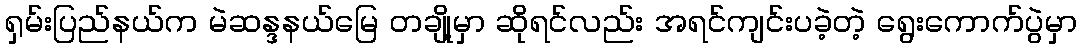
ရှမ်းပြည်နယ်က မဲဆန္ဒနယ်မြေ တချို့မှာ ဆိုရင်လည်း အရင်ကျင်းပခဲ့တဲ့ ရွေးကောက်ပွဲမှာ